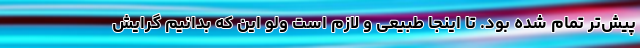
پیش‌تر تمام شده بود. تا اینجا طبیعی و لازم است ولو این که بدانیم گرایش